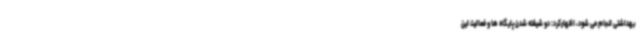
بهداشتی انجام می شود، اظهارکرد: دو شیفته شدن پایگاه ها و فعالیت این